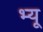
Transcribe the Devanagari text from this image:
भ्यू